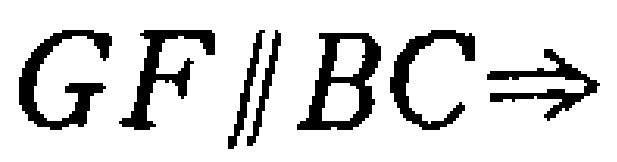
$GF\parallel BC\Rightarrow$